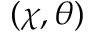
( \chi , \theta )